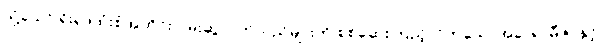
သို့သော် ရိုးရာထုံးစံအတိုင်း ဝမ်းဆွဲလက်သည်များကို စစ်ဆေးကြည့်လိုက်သောအခါ ရာမီဇာနှင့်